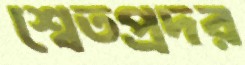
শ্বেতপ্রদর